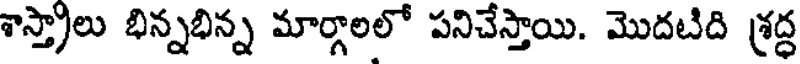
శాస్త్రాలు భిన్నభిన్న మార్గాలలో పనిచేస్తాయి. మొదటిది శ్రద్ధ